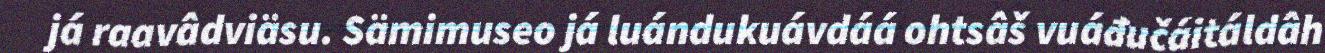
já raavâdviäsu. Sämimuseo já luándukuávdáá ohtsâš vuáđučáitáldâh